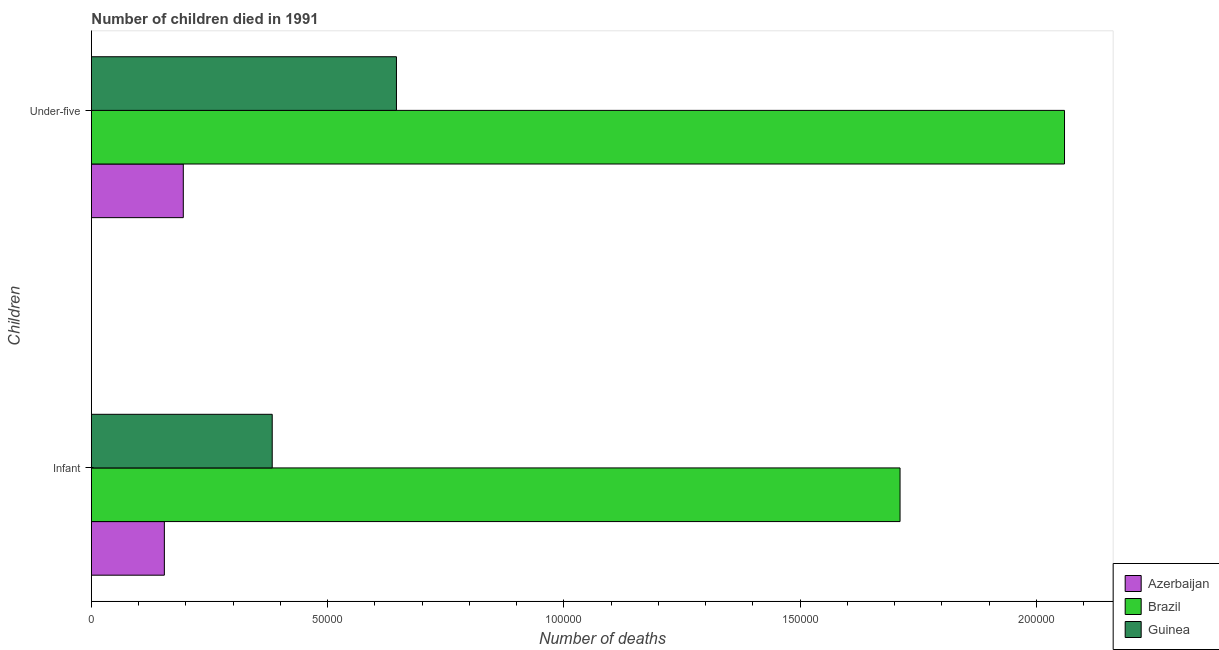
| Children | Azerbaijan | Brazil | Guinea |
 | --- | --- | --- | --- |
 | Infant | 1.54e+04 | 1.71e+05 | 3.83e+04 |
 | Under-five | 1.94e+04 | 2.06e+05 | 6.46e+04 |